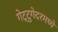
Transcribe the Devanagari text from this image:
गेट्टुगेदरमध्ये